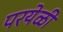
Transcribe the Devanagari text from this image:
परयेळी